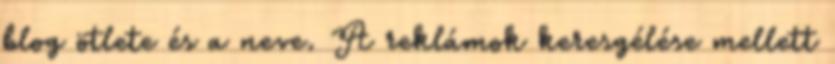
blog ötlete és a neve. A reklámok keresgélése mellett